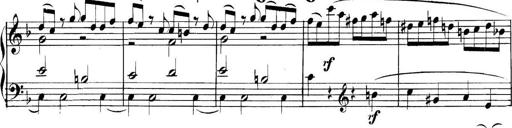
Title: Collected Piano Sonatas
Composer: Muzio Clementi